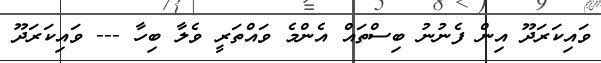
ވައިކަރަދޫ އިން ފެނުނު ބިސްތައް އެންމެ ވައްތަރީ ވެލާ ބިހާ --- ވައިކަރަދޫ